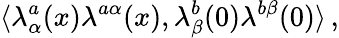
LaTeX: \langle\lambda_{\alpha}^{a}(x)\lambda^{a\alpha}(x),\lambda_{\beta}^{b}(0)\lambda^{b\beta}(0)\rangle\, ,